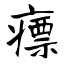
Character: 瘭